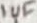
Text: 1uF